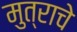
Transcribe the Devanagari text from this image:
मुत्राचे